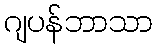
ဂျပန်ဘာသာ